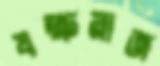
যক্ষরাজ